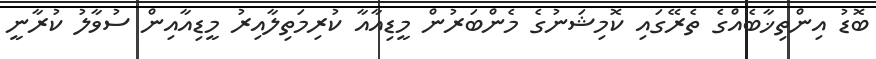
ބޮޑު އިންތިޚާބެއްގެ ތެރޭގައި ކޮމިޝަނުގެ މެންބަރުން މީޑިއާއާ ކުރިމަތިލާއިރު މީޑިއާއިން ސުވާލު ކުރާނީ